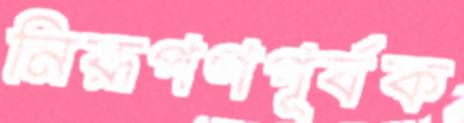
নিরূপণপূর্বক